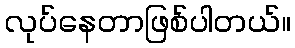
လုပ်နေတာဖြစ်ပါတယ်။